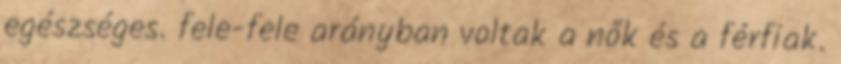
egészséges. fele-fele arányban voltak a nők és a férfiak.